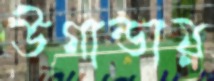
উগান্ডায়